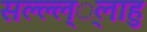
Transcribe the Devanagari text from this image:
सल्ल्ल््लाहु